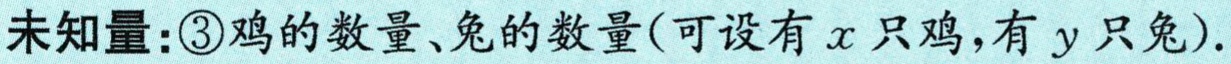
未知量：\textcircled{3}鸡的数量、兔的数量(可设有\(x\)只鸡，有\(y\)只兔).